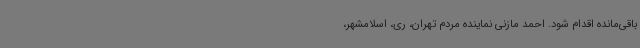
باقی‌مانده اقدام شود. احمد مازنی نماینده مردم تهران، ری، اسلامشهر،